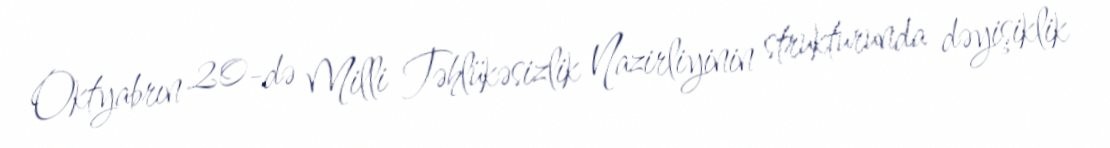
Oktyabrın 20-də Milli Təhlükəsizlik Nazirliyinin strukturunda dəyişiklik